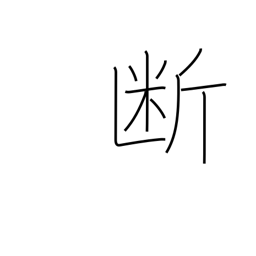
Meaning: severance